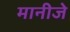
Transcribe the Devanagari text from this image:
मानीजे